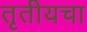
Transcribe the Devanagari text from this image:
तृतीयचा